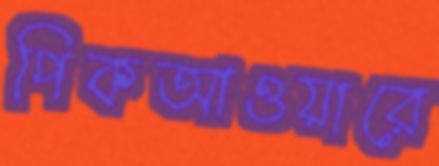
পিকআওয়ারে